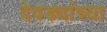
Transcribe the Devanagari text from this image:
देवड्यांच्या